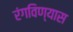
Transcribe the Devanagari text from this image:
रंगविण्यास